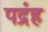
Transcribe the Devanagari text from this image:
पद्रंह